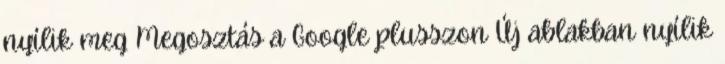
nyílik meg Megosztás a Google plusszon Új ablakban nyílik